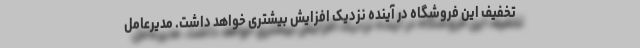
تخفیف این فروشگاه در آینده نزدیک افزایش بیشتری خواهد داشت. مدیرعامل